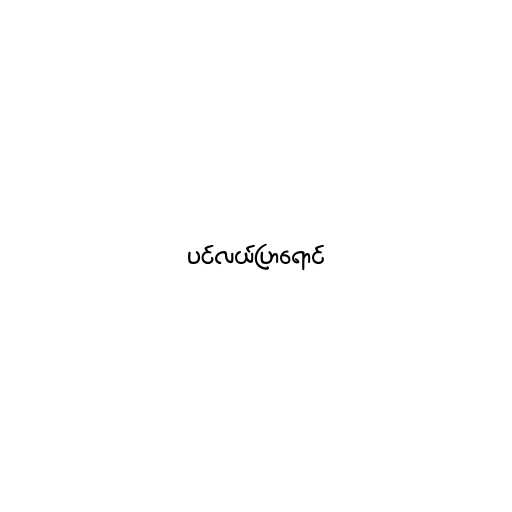
ပင်လယ်ပြာရောင်